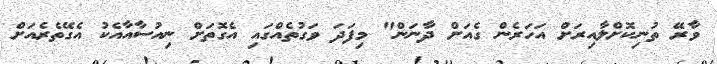
ވާރޭ ތުނިކޮށްލާއިރަށް އަހަރެން ގެއަށް ދާނަން" މިފަދަ ވަގުތެއްގައި އެގޮތަށް ނިއުސާއާއެކު އެގޭތެރެއަށް